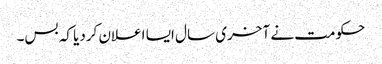
حکومت نے آخری سال ایسا اعلان کردیا کہ بس۔